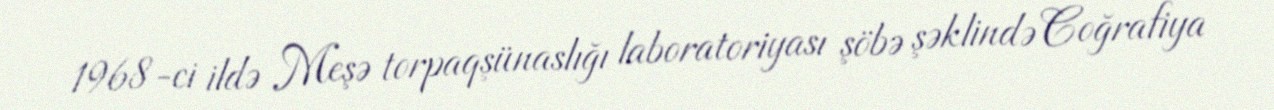
1968-ci ildə Meşə torpaqşünaslığı laboratoriyası şöbə şəklində Coğrafiya